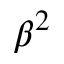
\beta ^ { 2 }